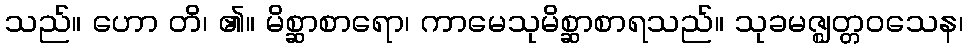
သည်။ ဟော တိ၊ ၏။ မိစ္ဆာစာရော၊ ကာမေသုမိစ္ဆာစာရသည်။ သုခမဇ္ဈတ္တဝသေန၊